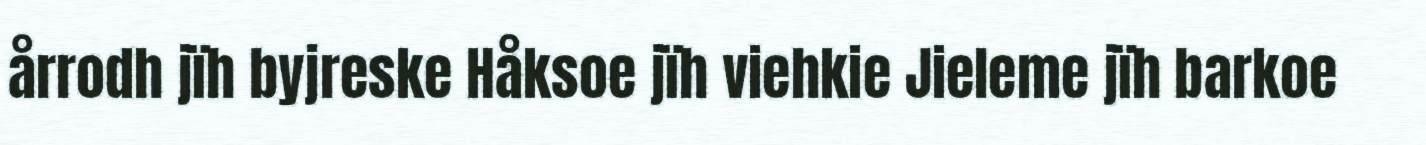
årrodh jïh byjreske Håksoe jïh viehkie Jieleme jïh barkoe